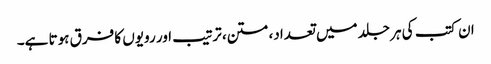
ان کتب کی ہر جلد میں تعداد، متن، ترتیب اور رویوں کا فرق ہوتا ہے۔